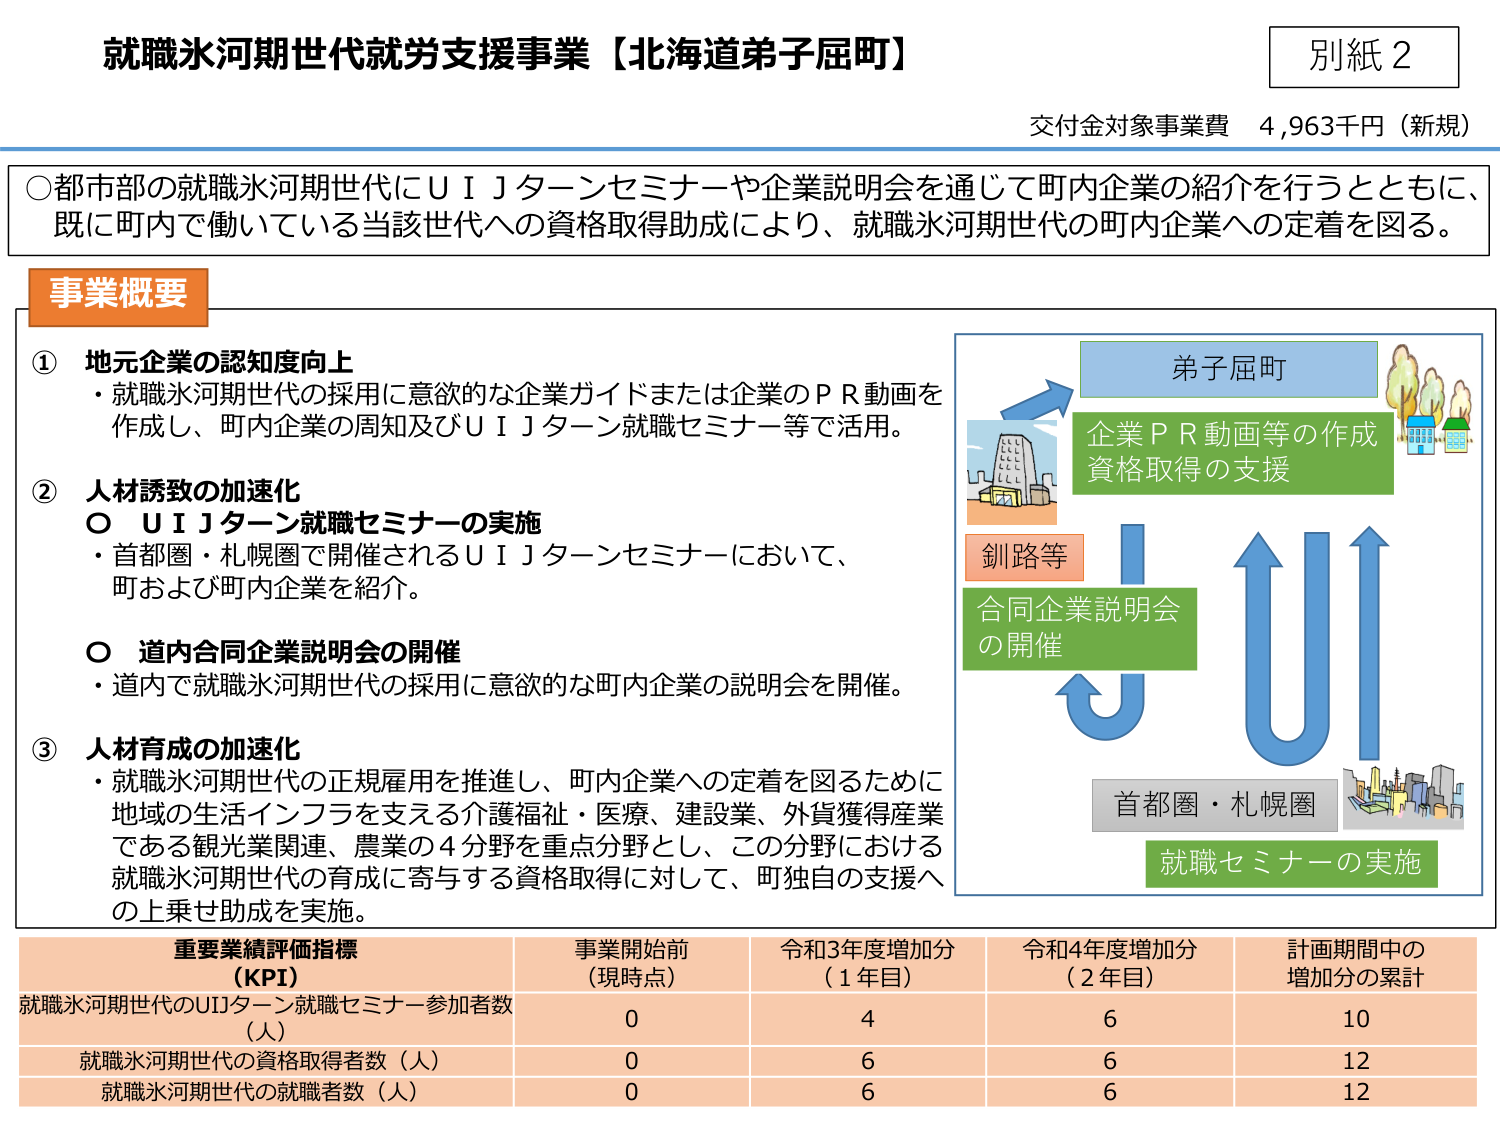
就職氷河期世代就労支援事業【北海道弟子屈町】
別紙２
交付金対象事業費 4,963千円（新規）

○都市部の就職氷河期世代にＵＩＪターンセミナーや企業説明会を通じて町内企業の紹介を行うとともに、
既に町内で働いている当該世代への資格取得助成により、就職氷河期世代の町内企業への定着を図る。

事業概要

① 地元企業の認知度向上
・就職氷河期世代の採用に意欲的な企業ガイドまたは企業のＰＲ動画を作成し、町内企業の周知及びＵＩＪターン就職セミナー等で活用。

② 人材誘致の加速化
○ ＵＩＪターン就職セミナーの実施
・首都圏・札幌圏で開催されるＵＩＪターンセミナーにおいて、町および町内企業を紹介。
○ 道内合同企業説明会の開催
・道内で就職氷河期世代の採用に意欲的な町内企業の説明会を開催。

③ 人材育成の加速化
・就職氷河期世代の正規雇用を推進し、町内企業への定着を図るために地域の生活インフラを支える介護福祉・医療、建設業、外貨獲得産業である観光業関連、農業の４分野を重点分野とし、この分野における就職氷河期世代の育成に寄与する資格取得に対して、町独自の支援への上乗せ助成を実施。

弟子屈町
企業ＰＲ動画等の作成
資格取得の支援
釧路等
合同企業説明会
の開催
首都圏・札幌圏
就職セミナーの実施

重要業績評価指標（KPI）
事業開始前（現時点） 令和3年度増加分（1年目） 令和4年度増加分（2年目） 計画期間中の増加分の累計
就職氷河期世代のUIJターン就職セミナー参加者数（人） 0 4 6 10
就職氷河期世代の資格取得者数（人） 0 6 6 12
就職氷河期世代の就職者数（人） 0 6 6 12